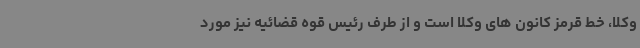
وکلا، خط قرمز کانون های وکلا است و از طرف رئیس قوه قضائیه نیز مورد